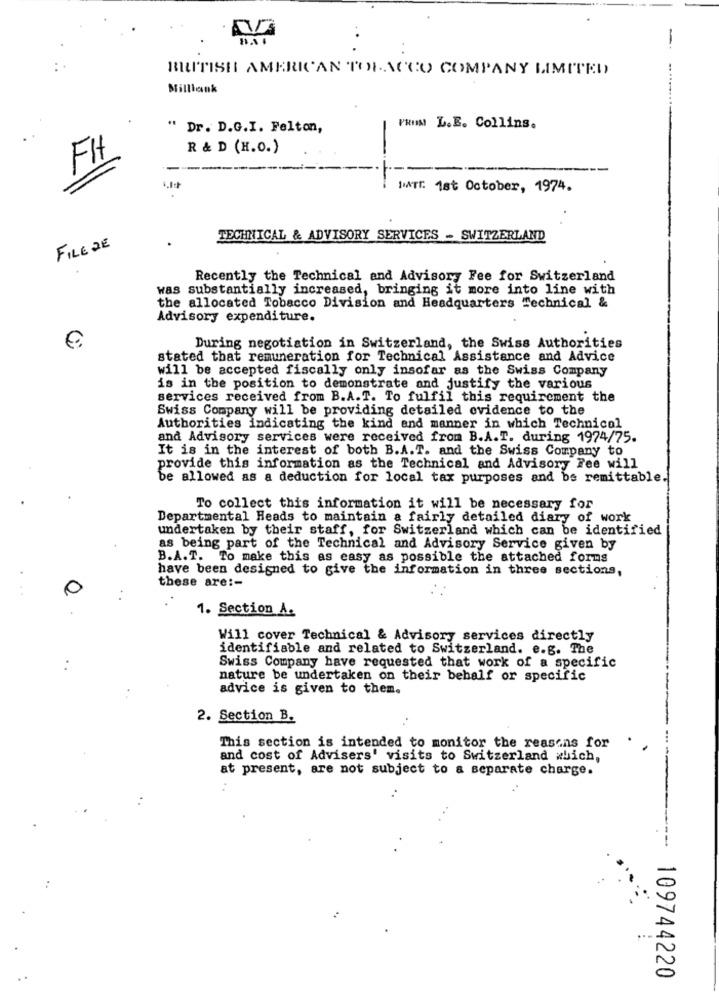
-
BRITISH AMERICAN TOBACCO COMPANY LIMITED
Milllank
" Dr. D.G.I. Felton,
PRIN L.E. Collins.
R & D (H.O.)
FH
DATE: 1st October, 1974.
TECHNICAL & ADVISORY SERVICES - SWITZERLAND
FILE DE
Recently the Technical and Advisory Fee for Switzerland
was substantially increased, bringing it more into line with
the allocated Tobacco Division and Headquarters Technical &
Advisory expenditure.
During negotiation in Switzerland, the Swiss Authorities
stated that remuneration for Technical Assistance and Advice
will be accepted fiscally only insofar as the Swiss Company
is in the position to demonstrate and justify the various
services received from B.A.T. To fulfil this requirement the
Swiss Company will be providing detailed evidence to the
Authorities indicating the kind and manner in which Technical
and Advisory services were received from B.A.T. during 1974/75.
It is in the interest of both B.A.T. and the Swiss Company to
provide this information as the Technical and Advisory Fee will
be allowed as a deduction for local tax purposes and be remittable.
To collect this information it will be necessary for
Departmental Heads to maintain a fairly detailed diary of work
undertaken by their staff, for Switzerland which can be identified
as being part of the Technical and Advisory Service given by
B.A.T. To make this as easy as possible the attached forms
have been designed to give the information in three sections,
these are :-
1. Section A.
Will cover Technical & Advisory services directly
identifiable and related to Switzerland. e.g. The
Swiss Company have requested that work of a specific
:
nature be undertaken on their behalf or specific
advice is given to them.
2. Section B.
This section is intended to monitor the reasons for
and cost of Advisers' visits to Switzerland which,
--
at present, are not subject to a separate charge.
-----
109744220